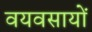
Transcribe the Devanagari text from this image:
वयवसायों